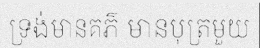
ទ្រង់មានគភ៌ មានបុត្រមួយ